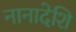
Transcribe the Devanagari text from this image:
नानादेशि